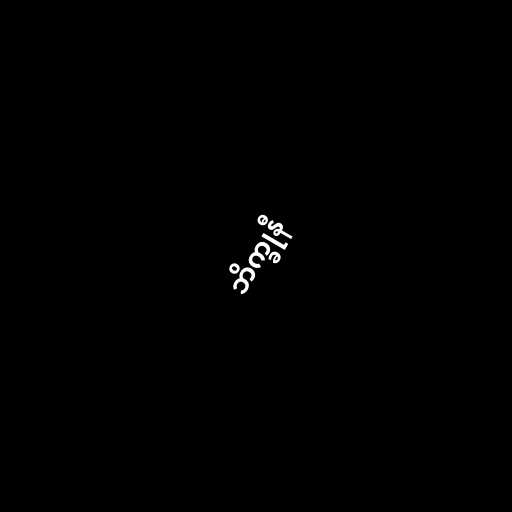
ဘိက္ခုနီ